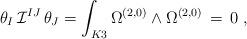
LaTeX: \begin{align*}\theta_I \,{\cal I}^{IJ} \, \theta_J =\int_{K3} \Omega^{(2,0)} \wedge \Omega^{(2,0)} \, = \, 0\ , \end{align*}